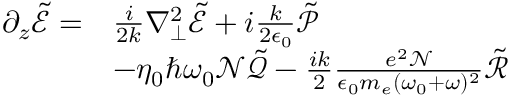
\begin{array} { r l } { \partial _ { z } \tilde { \mathcal { E } } = } & { \frac { i } { 2 k } \nabla _ { \perp } ^ { 2 } \tilde { \mathcal { E } } + i \frac { k } { 2 \epsilon _ { 0 } } \tilde { \mathcal { P } } } \\ & { - \eta _ { 0 } \hbar \omega _ { 0 } \mathcal { N } \tilde { \mathcal { Q } } - \frac { i k } { 2 } \frac { e ^ { 2 } \mathcal { N } } { \epsilon _ { 0 } m _ { e } ( \omega _ { 0 } + \omega ) ^ { 2 } } \tilde { \mathcal { R } } } \end{array}